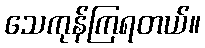
သေကုန်ကြရတယ်။